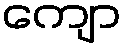
ကျော